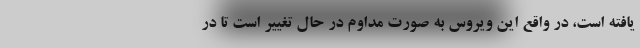
یافته است، در واقع این ویروس به صورت مداوم در حال تغییر است تا در